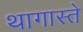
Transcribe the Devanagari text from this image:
थागास्ते